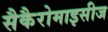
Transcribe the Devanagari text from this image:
सैकैरोमाइसीज